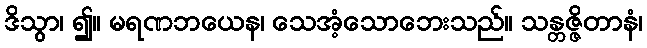
ဒိသွာ၊ ၍။ မရဏဘယေန၊ သေအံ့သောဘေးသည်။ သန္တဇ္ဇိတာနံ၊